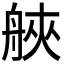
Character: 𦩀